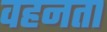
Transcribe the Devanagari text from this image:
वहनता